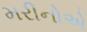
મરીનોએ